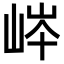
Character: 𡷶